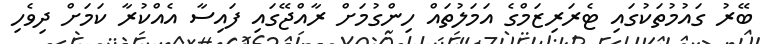
ބޭރު ގައުމުތަކުގައި ޓެރަރިޒަމްގެ އަމަލުތައް ހިންގުމަށް ރާއްޖޭގައި ފައިސާ އެއްކުރާ ކަމަށް ދިވެހި